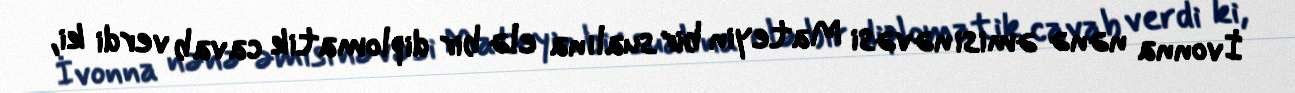
İvonna nənə əmisi nəvəsi Mateyin bir sualına elə bir diplomatik cavab verdi ki,